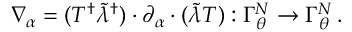
\nabla _ { \alpha } = ( T ^ { \dagger } \tilde { \lambda } ^ { \dagger } ) \cdot \partial _ { \alpha } \cdot ( \tilde { \lambda } T ) : \Gamma _ { \theta } ^ { N } \to \Gamma _ { \theta } ^ { N } \, .